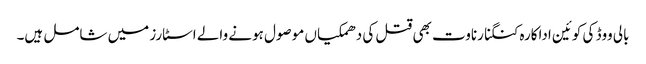
بالی ووڈ کی کوئین اداکارہ کنگنا رناوت بھی قتل کی دھمکیاں موصول ہونے والے اسٹارز میں شامل ہیں۔